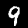
Label: 9